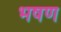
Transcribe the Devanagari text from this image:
भषण